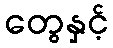
တွေနှင့်